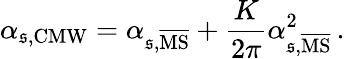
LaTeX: \alpha_{\mathfrak{s},\mathrm{{CMW}}}=\alpha_{\mathfrak{s},\mathrm{{\overline{{{{MS}}}}}}}+\frac{{K}}{{2\pi}}\alpha_{\mathfrak{s},\mathrm{{\overline{{{{MS}}}}}}}^{2}\, .